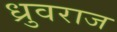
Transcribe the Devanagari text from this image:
ध्रुवराज